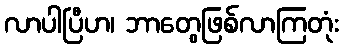
လာပါပြီဟ၊ ဘာတွေဖြစ်လာကြတုံး